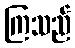
ကြသည်